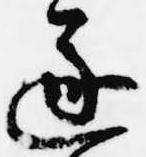
遂